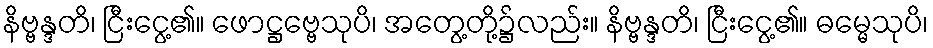
နိဗ္ဗန္ဒတိ၊ ငြီးငွေ့၏။ ဖောဋ္ဌဗ္ဗေသုပိ၊ အတွေ့တို့၌လည်း။ နိဗ္ဗန္ဒတိ၊ ငြီးငွေ့၏။ ဓမ္မေသုပိ၊